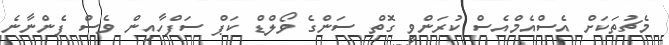
މެޗުތަކަށް އެސްއެމްްއެސް ކުރަންވީ ގޮތް ސަންގެ ވޯލްޑް ކަޕް ސަފްހާއިން ވެސް ފެންނާނެ